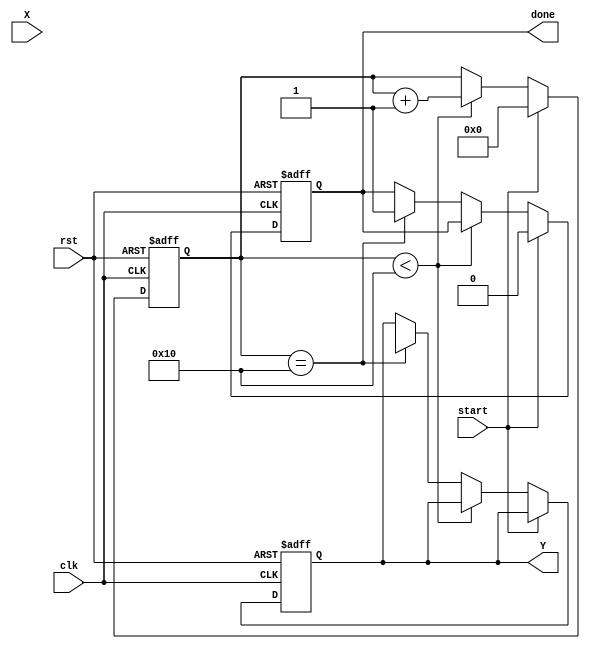
module cordic_sqrt #(
    parameter WIDTH = 16,   // Width of the input and output
    parameter ITERATIONS = 16 // Number of CORDIC iterations
)(
    input wire clk,
    input wire rst,
    input wire start,
    input wire [WIDTH-1:0] X, // Input fixed-point number
    output reg [WIDTH-1:0] Y,  // Output fixed-point number (square root)
    output reg done            // Indicates completion of calculation
);

    reg [WIDTH-1:0] x [0:ITERATIONS-1]; // x values
    reg [WIDTH-1:0] y [0:ITERATIONS-1]; // y values
    reg [WIDTH-1:0] angle;               // Current angle
    reg [4:0] iteration;                 // Iteration counter
    reg [WIDTH-1:0] d;                   // Direction of rotation

    // CORDIC rotation angles for square root calculation
    reg [WIDTH-1:0] angles [0:ITERATIONS-1];

    initial begin
        // Pre-compute the angles for CORDIC rotations
        angles[0] = 16'h0000; // 0 degrees
        angles[1] = 16'h1C71; // 45 degrees
        angles[2] = 16'h0B6D; // 26.565 degrees
        angles[3] = 16'h05B6; // 14.036 degrees
        angles[4] = 16'h02DB; // 7.125 degrees
        angles[5] = 16'h0162; // 3.576 degrees
        angles[6] = 16'h00B5; // 1.789 degrees
        angles[7] = 16'h005A; // 0.895 degrees
        angles[8] = 16'h002D; // 0.447 degrees
        angles[9] = 16'h0016; // 0.224 degrees
        angles[10] = 16'h000B; // 0.112 degrees
        angles[11] = 16'h0005; // 0.056 degrees
        angles[12] = 16'h0002; // 0.028 degrees
        angles[13] = 16'h0001; // 0.014 degrees
        angles[14] = 16'h0000; // 0 degrees
        angles[15] = 16'h0000; // 0 degrees
    end

    // Control logic
    always @(posedge clk or posedge rst) begin
        if (rst) begin
            iteration <= 0;
            done <= 0;
            Y <= 0;
        end else if (start) begin
            // Initialization
            x[0] <= X; // Initial x value
            y[0] <= X >> 1; // Initial y value (Y0 = X / 2)
            iteration <= 0;
            done <= 0;
        end else if (iteration < ITERATIONS) begin
            // CORDIC iteration
            d <= (y[iteration] < 0) ? -1 : 1; // Determine direction
            x[iteration + 1] <= x[iteration] - (d * (y[iteration] >> iteration));
            y[iteration + 1] <= y[iteration] + (d * (x[iteration] >> iteration));
            iteration <= iteration + 1;
        end else if (iteration == ITERATIONS) begin
            // Final output
            Y <= y[ITERATIONS]; // Output the final y value as the square root
            done <= 1; // Indicate completion
        end
    end

endmodule